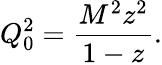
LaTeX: Q_{0}^{2}=\frac{M^{2}z^{2}}{1-z}.